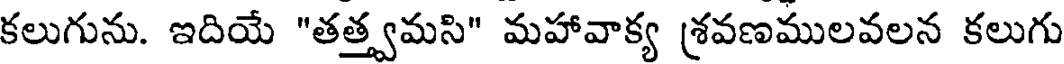
కలుగును. ఇదియే "తత్త్వమసి" మహావాక్య శ్రవణములవలన కలుగు